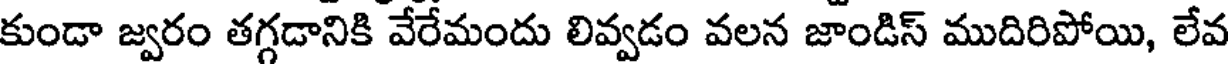
కుండా జ్వరం తగ్గడానికి వేరేమందు లివ్వడం వలన జాండిస్ ముదిరిపోయి, లేవ